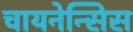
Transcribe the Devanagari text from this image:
चायनेन्सिस